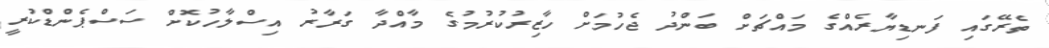
ތެރޭގައި ފަނޑިޔާރެއްގެ މައްޗަށް ބަންދު ޖެހުމަށް ހާޒިރުކުރުމުގެ މާއްދާ ގަރާރު އިސްލާހުކޮށް ސަސްޕެންޑްކުރީ